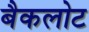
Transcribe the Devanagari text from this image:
बैकलोट